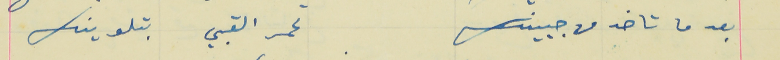
بعد ما تاخذ من جبينك                                               تحمر القبي بتلوينك